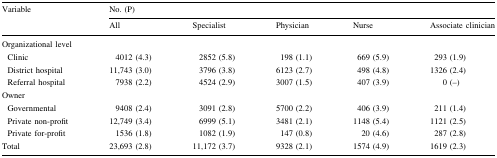
<table><thead><tr><td rowspan="2"><b>Variable</b></td><td colspan="5"><b>No. (P)</b></td></tr><tr><td><b>All</b></td><td><b>Specialist</b></td><td><b>Physician</b></td><td><b>Nurse</b></td><td><b>Associate clinician</b></td></tr></thead><tbody><tr><td colspan="6">Organizational level</td></tr><tr><td> Clinic</td><td>4012 (4.3)</td><td>2852 (5.8)</td><td>198 (1.1)</td><td>669 (5.9)</td><td>293 (1.9)</td></tr><tr><td> District hospital</td><td>11,743 (3.0)</td><td>3796 (3.8)</td><td>6123 (2.7)</td><td>498 (4.8)</td><td>1326 (2.4)</td></tr><tr><td> Referral hospital</td><td>7938 (2.2)</td><td>4524 (2.9)</td><td>3007 (1.5)</td><td>407 (3.9)</td><td>0 (–)</td></tr><tr><td colspan="6">Owner</td></tr><tr><td> Governmental</td><td>9408 (2.4)</td><td>3091 (2.8)</td><td>5700 (2.2)</td><td>406 (3.9)</td><td>211 (1.4)</td></tr><tr><td> Private non-profit</td><td>12,749 (3.4)</td><td>6999 (5.1)</td><td>3481 (2.1)</td><td>1148 (5.4)</td><td>1121 (2.5)</td></tr><tr><td> Private for-profit</td><td>1536 (1.8)</td><td>1082 (1.9)</td><td>147 (0.8)</td><td>20 (4.6)</td><td>287 (2.8)</td></tr><tr><td>Total</td><td>23,693 (2.8)</td><td>11,172 (3.7)</td><td>9328 (2.1)</td><td>1574 (4.9)</td><td>1619 (2.3)</td></tr></tbody></table>